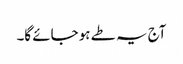
آج یہ طے ہو جائے گا۔